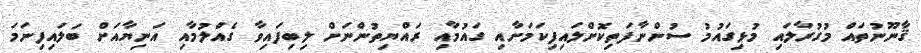
ޤާނޫނުތައް މުގުރާލައި މުޅިގައުމު ސުންނާފަތިކޮށްލައިފިކަމަށާއި ގައުމާއި ރައްޔިތުންނަށް ލިބިފައިވާ ގެއްލުމާއި އަނިޔާއަށް ބަލައިފިނަމަ